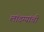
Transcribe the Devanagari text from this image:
लांडग्यांची